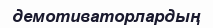
демотиваторлардың